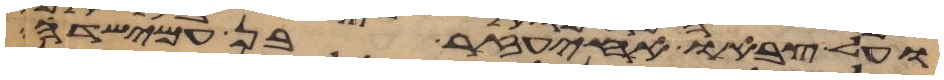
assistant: ועל צבאו אחיעזר בן עמישדי